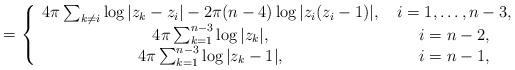
LaTeX: \begin{align*}=\left\{\begin{array}{cc} 4\pi\sum_{k\ne i}\log|z_k-z_i|-2\pi(n-4)\log|z_i(z_i-1)|,\; & i=1,\ldots,n-3, \\4\pi\sum_{k=1}^{n-3} \log |z_k|, \; & i=n-2, \\ 4\pi\sum_{k=1}^{n-3} \log |z_k-1|, \; & i=n-1,\end{array} \right.\end{align*}